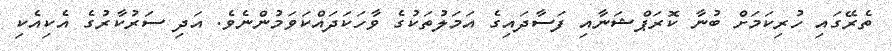
ތެރޭގައި ހުރިކަމަށް ބުނާ ކޮރަޕްޝަނާއި ފަސާދައިގެ އަމަލުތަކުގެ ވާހަކަދައްކަވަމުންނެވެ. އަދި ސަރުކާރުގެ އެކިއެކި